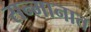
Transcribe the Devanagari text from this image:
सन्मानात